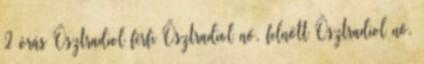
2 órás Ösztradiol férfi Ösztradiol nő, felnőtt Ösztradiol nő,